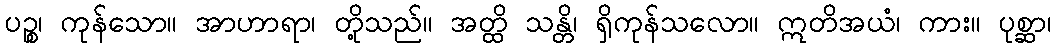
ပဉ္စ၊ ကုန်သော။ အာဟာရာ၊ တို့သည်။ အတ္ထိ သန္တိ၊ ရှိကုန်သလော။ ဣတိအယံ၊ ကား။ ပုစ္ဆာ၊